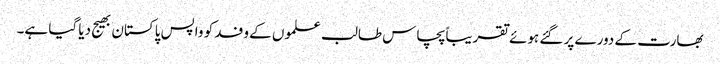
بھارت کے دورے پر گئے ہوئے تقریباً پچاس طالب علموں کے وفد کو واپس پاکستان بھیج دیا گیا ہے۔